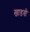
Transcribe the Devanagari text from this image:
खाडवी